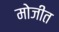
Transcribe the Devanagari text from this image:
मोजीत